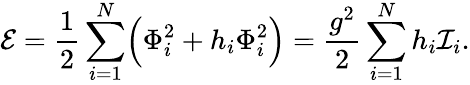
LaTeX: {\cal E}={\frac{1}{2}}\sum_{i=1}^{N}\Bigl(\Phi_{i}^{2}+h_{i}\Phi_{i}^{2}\Bigr)={\frac{g^{2}}{2}}\sum_{i=1}^{N}h_{i}{\cal I}_{i}.